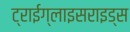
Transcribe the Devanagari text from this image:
ट्राईग्लाइसराइड्स